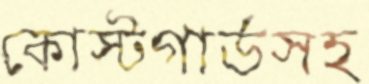
কোস্টগার্ডসহ